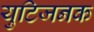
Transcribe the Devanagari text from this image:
युटिजनक